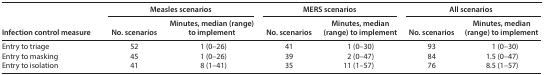
<table><thead><tr><td rowspan="2"><b>Infection control measure</b></td><td colspan="2"><b>Measles scenarios</b></td><td colspan="2"><b>MERS scenarios</b></td><td colspan="2"><b>All scenarios</b></td></tr><tr><td><b>No. scenarios </b></td><td><b>Minutes, median (range) to implement</b></td><td><b>No. scenarios </b></td><td><b>Minutes, median (range) to implement</b></td><td><b>No. scenarios </b></td><td><b>Minutes, median (range) to implement</b></td></tr></thead><tbody><tr><td>Entry to triage</td><td>52</td><td>1 (0–26)</td><td>41</td><td>1 (0–30)</td><td>93</td><td>1 (0–30)</td></tr><tr><td>Entry to masking</td><td>45</td><td>1 (0–26)</td><td>39</td><td>2 (0–47)</td><td>84</td><td>1.5 (0–47)</td></tr><tr><td>Entry to isolation</td><td>41</td><td>8 (1–41)</td><td>35</td><td>11 (1–57)</td><td>76</td><td>8.5 (1–57)</td></tr></tbody></table>